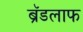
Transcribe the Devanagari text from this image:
ब्रॅडलाफ